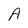
Character: A